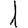
Digit: 1